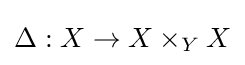
\Delta :X\to X\times _{Y}X